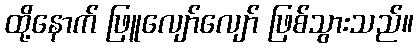
ထို့နောက် ဖြူလျော်လျော် ဖြစ်သွားသည်။